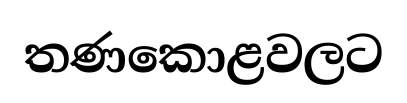
තණකොළවලට